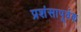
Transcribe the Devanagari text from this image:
प्रशंसापूर्वक